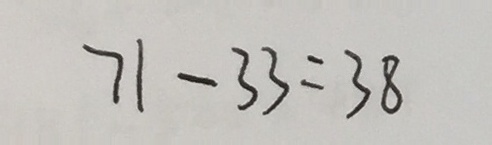
7 1 - 3 3 = 3 8